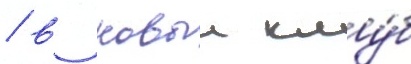
/ в новыи клу́б